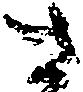
さ